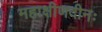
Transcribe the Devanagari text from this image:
महाक्षीणदीनः